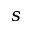
s